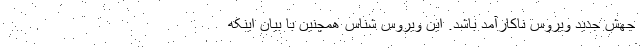
جهش جدید ویروس ناکارآمد باشد. این ویروس شناس همچنین با بیان اینکه